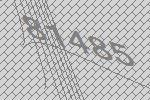
81485